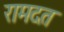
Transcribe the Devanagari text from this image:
रामदत